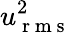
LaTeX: u_{\mathrm{~r~m~s~}}^{2}